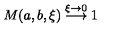
M ( a , b , \xi ) \stackrel { \xi \rightarrow 0 } { \longrightarrow } 1